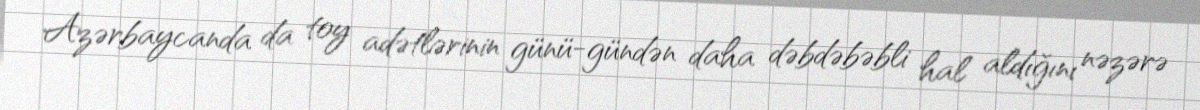
Azərbaycanda da toy adətlərinin günü-gündən daha dəbdəbəbli hal aldığını nəzərə